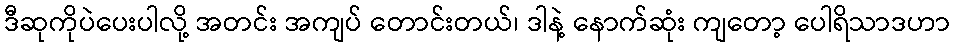
ဒီဆုကိုပဲပေးပါလို့ အတင်း အကျပ် တောင်းတယ်၊ ဒါနဲ့ နောက်ဆုံး ကျတော့ ပေါရိသာဒဟာ